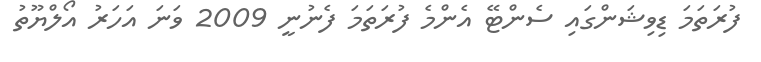
ފުރަތަމަ ޑިވިޝަންގައި ސެންޓޭ އެންމެ ފުރަތަމަ ފެނުނީ 2009 ވަނަ އަހަރު އޯލްޔޫތު